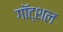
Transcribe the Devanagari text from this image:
गॉट्शल